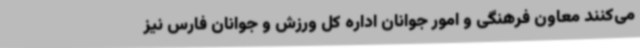
می‌کنند معاون فرهنگی و امور جوانان اداره کل ورزش و جوانان فارس نیز